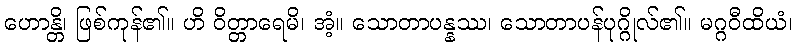
ဟောန္တိ၊ ဖြစ်ကုန်၏။ ဟိ ဝိတ္တာရေမိ၊ အံ့။ သောတာပန္နဿ၊ သောတာပန်ပုဂ္ဂိုလ်၏။ မဂ္ဂဝီထိယံ၊